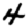
Digit: 4